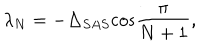
LaTeX: \lambda _ { N } = - \Delta _ { S A S } \mathrm { \cos } \frac { \pi } { N + 1 } ,